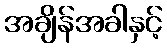
အချိန်အခါနှင့်